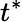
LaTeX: t^{*}